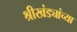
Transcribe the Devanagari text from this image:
श्रीखंड्यांच्या